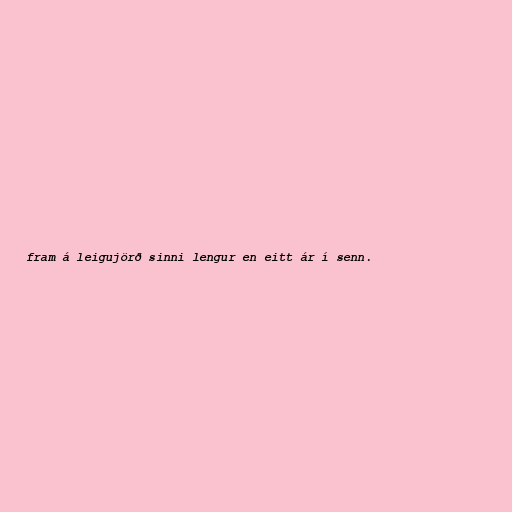
fram á leigujörð sinni lengur en eitt ár í senn.